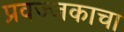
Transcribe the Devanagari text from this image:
प्रवज्जकाचा